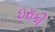
ઇરાકી